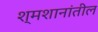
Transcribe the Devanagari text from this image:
श्मशानांतील